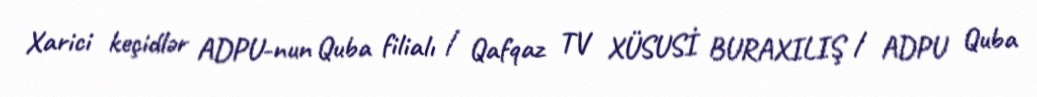
Xarici keçidlər ADPU-nun Quba filialı / Qafqaz TV XÜSUSİ BURAXILIŞ / ADPU Quba